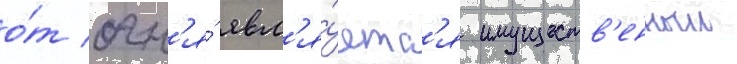
о́т огн'я́ явл'я́етс'я имуществ'енныи